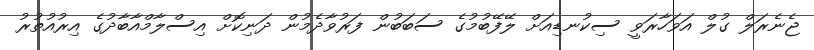
ޖެނެރަލް ގުލް އަވަހާރަވީ ސިކުނޑިއަށް ލޭފޭބުމުގެ ސަބަބުން ފަރުވާދެމުން ދަނިކޮށް އިސްލާމްއާބާދުގެ އިރުއުތުރު